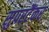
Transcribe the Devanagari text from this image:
सुपरटैंकर